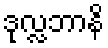
ဒုလ္လဘာနိ